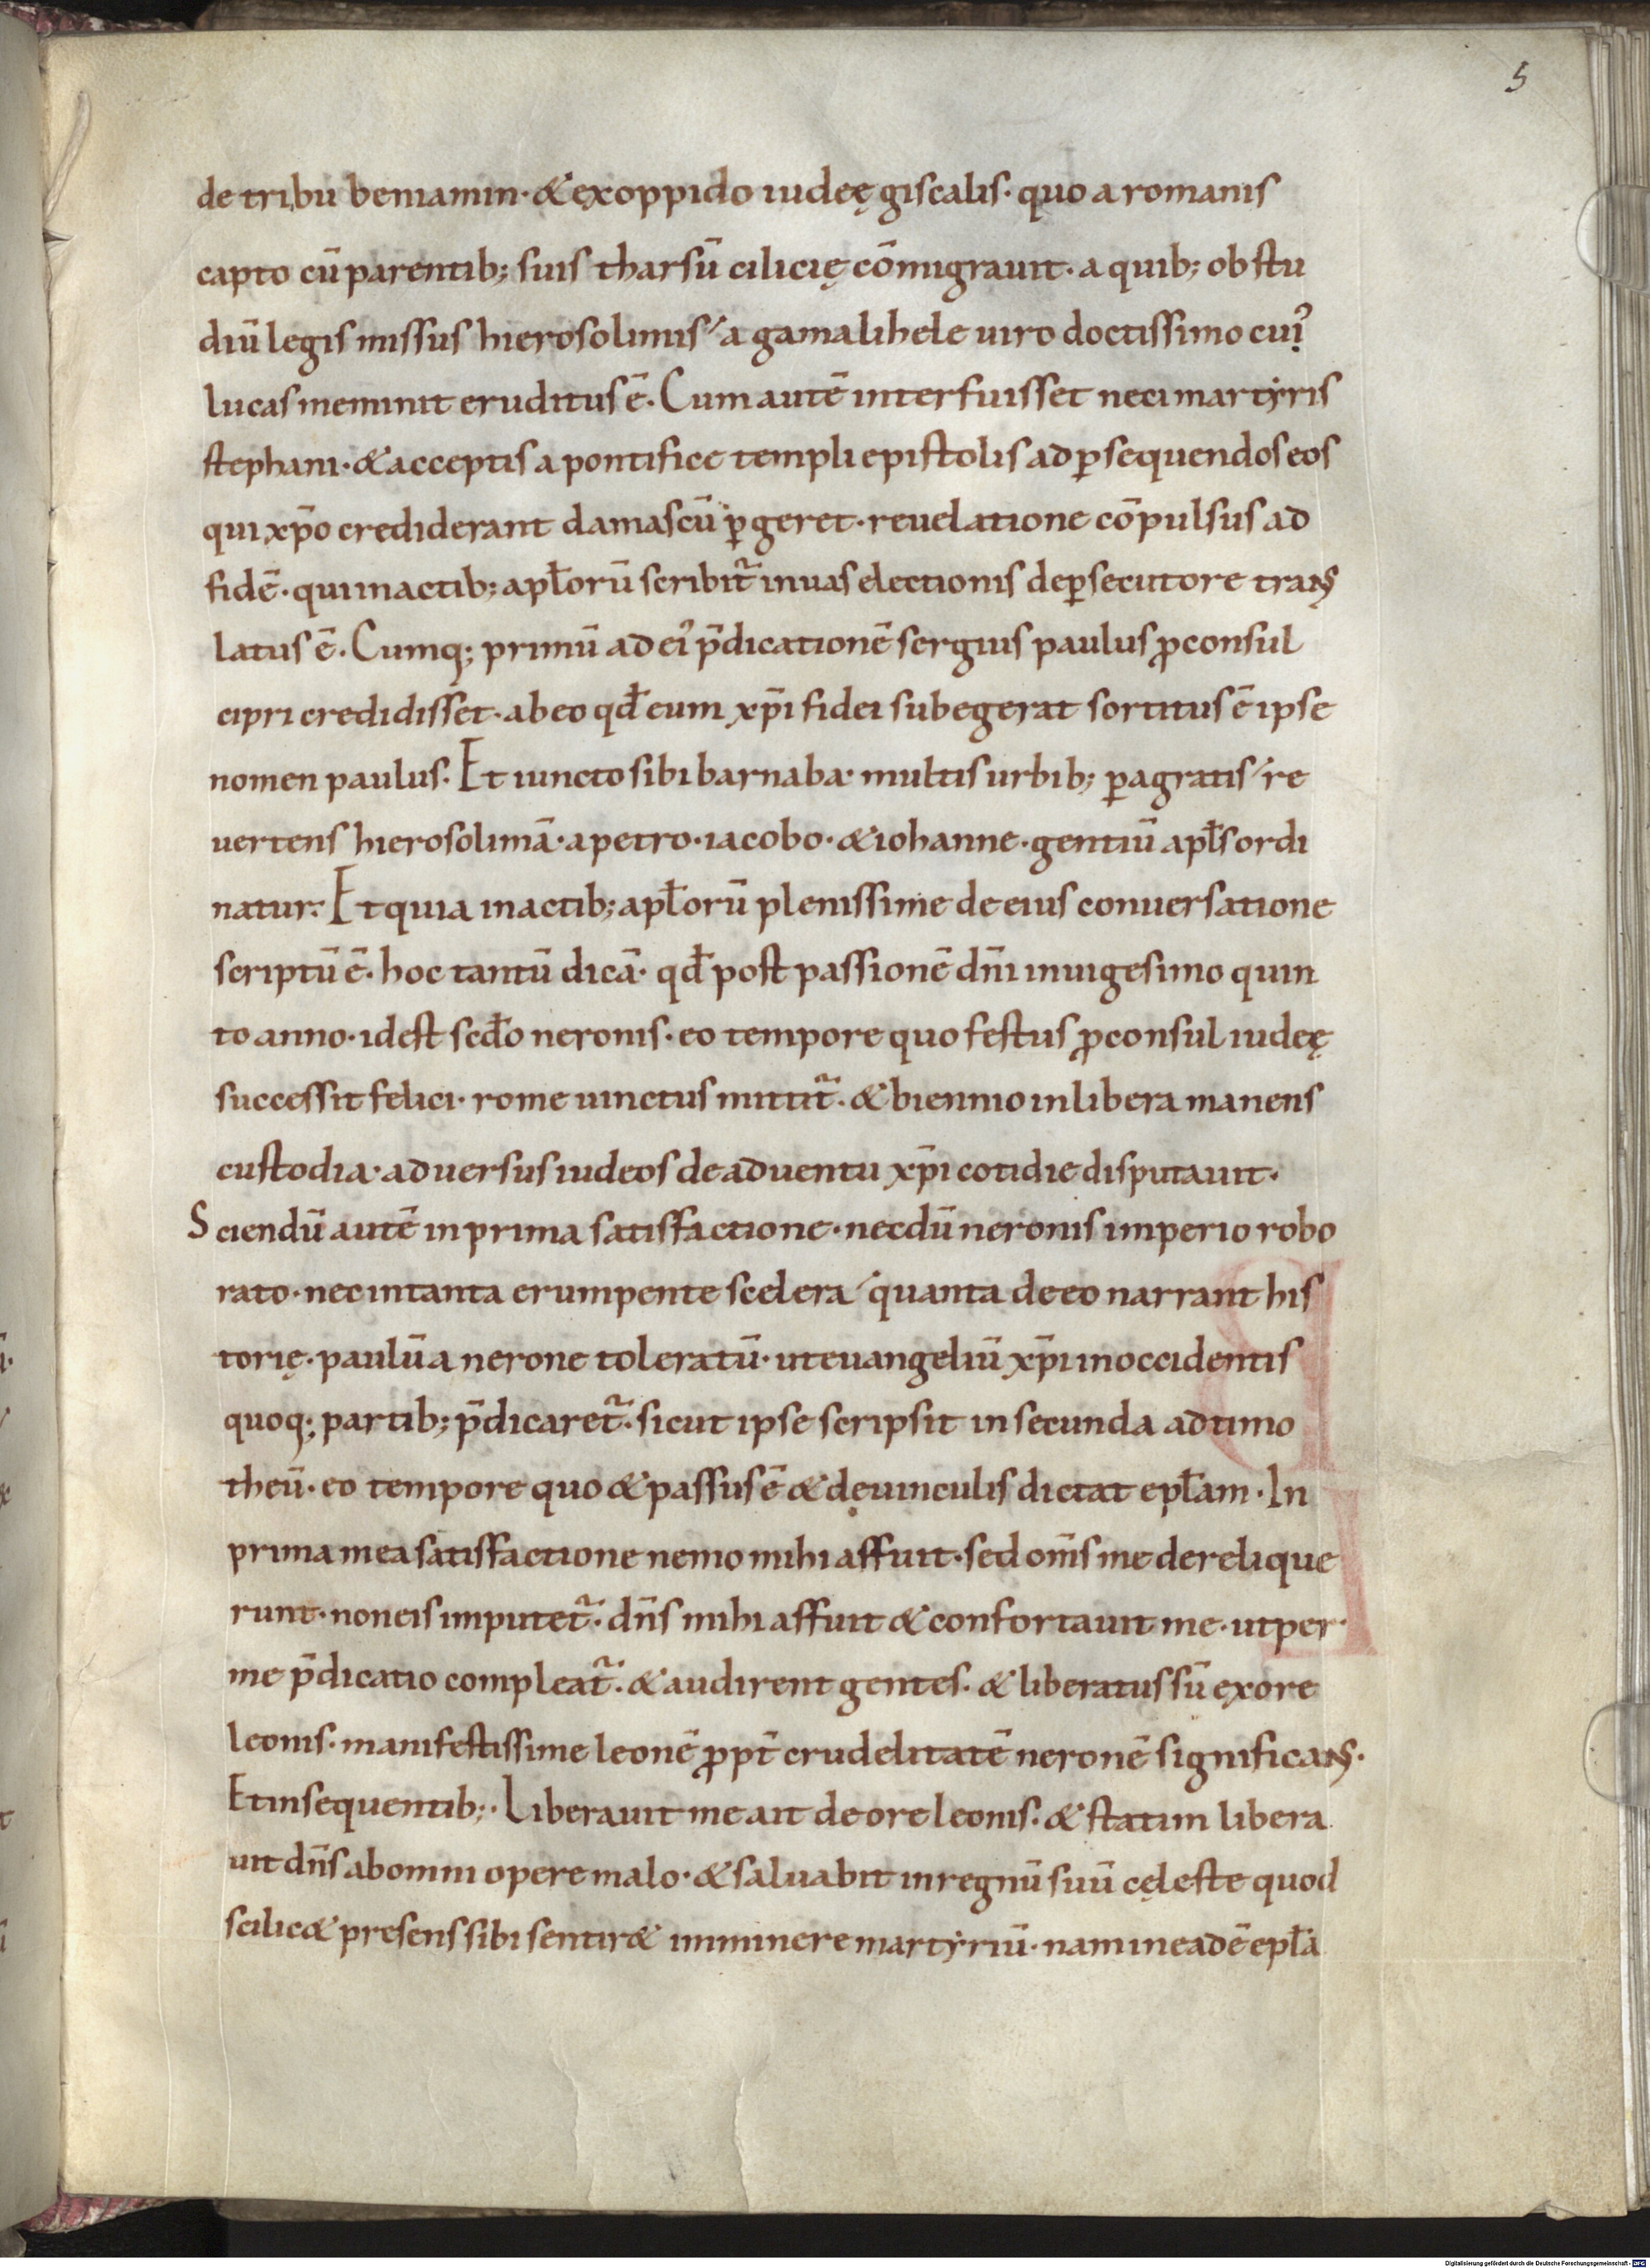
Shelfmark: Munich, Bayerische Staatsbibliothek, Clm 14370
Century: 11